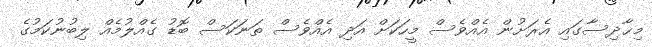
މިޙާދިސާގައި އެރަށުން އެއްވެސް މީހަކަށް އަދި އެއްވެސް ތަނަކަސް ބޮޑު ގެއްލުމެއް ލިބުނުކަމުގެ